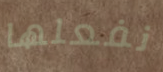
نفعلها